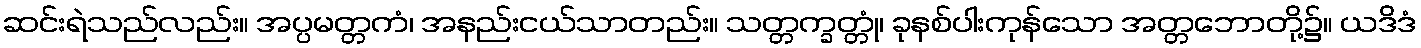
ဆင်းရဲသည်လည်း။ အပ္ပမတ္တကံ၊ အနည်းငယ်သာတည်း။ သတ္တက္ခတ္တုံ၊ ခုနစ်ပါးကုန်သော အတ္တဘောတို့၌။ ယဒိဒံ